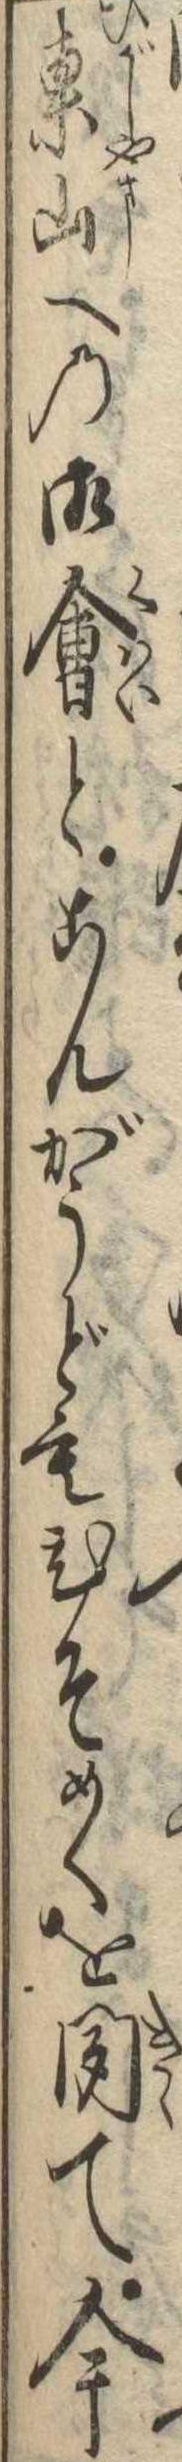
東山への御会とこんがうどもひそめくを聞て今